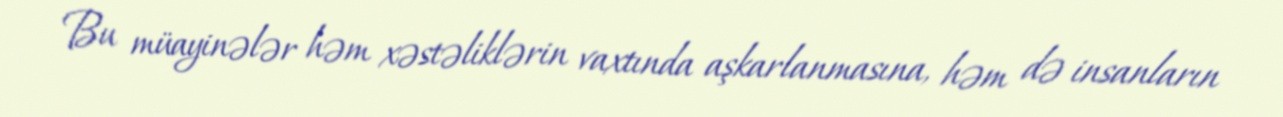
Bu müayinələr həm xəstəliklərin vaxtında aşkarlanmasına, həm də insanların